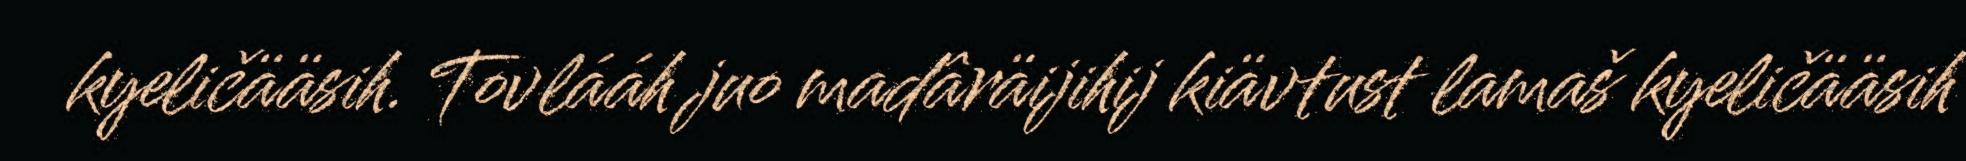
kyeličääsih. Tovlááh juo madâräijihij kiävtust lamaš kyeličääsih